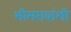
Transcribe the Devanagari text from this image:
भीमरावांशी